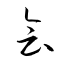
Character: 會